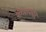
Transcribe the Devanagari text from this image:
रोमानवाद